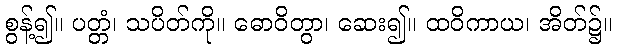
စွန့်၍။ ပတ္တံ၊ သပိတ်ကို။ ဓောဝိတွာ၊ ဆေး၍။ ထဝိကာယ၊ အိတ်၌။